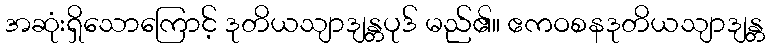
အဆုံးရှိသောကြောင့် ဒုတိယသျာဒျန္တပုဒ် မည်၏။ ဧကဝစနဒုတိယသျာဒျန္တ